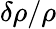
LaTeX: \delta\rho/\rho